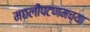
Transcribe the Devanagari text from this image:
मछलीपटणमच्या